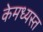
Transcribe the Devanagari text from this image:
केमध्यस्त